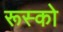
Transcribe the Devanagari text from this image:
रूस्को